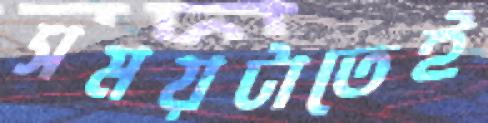
সময়টাতেই